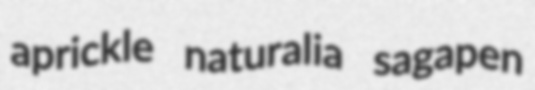
aprickle naturalia sagapen